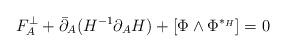
LaTeX: \begin{align*}F^\perp_{A} + \bar\partial_{A}(H^{-1} \partial_{A} H) + [\Phi \wedge \Phi^{*_H}]=0\end{align*}